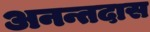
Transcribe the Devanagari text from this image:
अनन्तदास